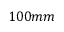
1 0 0 m m